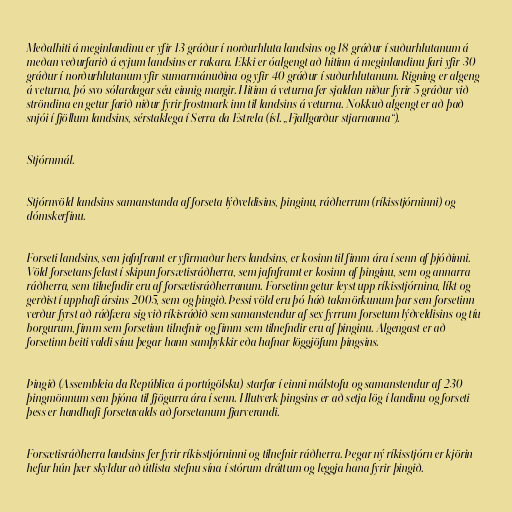
Meðalhiti á meginlandinu er yfir 13 gráður í norðurhluta landsins og 18 gráður í suðurhlutanum á
meðan veðurfarið á eyjum landsins er rakara. Ekki er óalgengt að hitinn á meginlandinu fari yfir 30
gráður í norðurhlutanum yfir sumarmánuðina og yfir 40 gráður í suðurhlutanum. Rigning er algeng
á veturna, þó svo sólardagar séu einnig margir. Hitinn á veturna fer sjaldan niður fyrir 5 gráður við
ströndina en getur farið niður fyrir frostmark inn til landsins á veturna. Nokkuð algengt er að það
snjói í fjöllum landsins, sérstaklega í Serra da Estrela (ísl. „Fjallgarður stjarnanna“).

Stjórnmál.

Stjórnvöld landsins samanstanda af forseta lýðveldisins, þinginu, ráðherrum (ríkisstjórninni) og
dómskerfinu.

Forseti landsins, sem jafnframt er yfirmaður hers landsins, er kosinn til fimm ára í senn af þjóðinni.
Völd forsetans felast í skipun forsætisráðherra, sem jafnframt er kosinn af þinginu, sem og annarra
ráðherra, sem tilnefndir eru af forsætisráðherranum. Forsetinn getur leyst upp ríkisstjórnina, líkt og
gerðist í upphafi ársins 2005, sem og þingið. Þessi völd eru þó háð takmörkunum þar sem forsetinn
verður fyrst að ráðfæra sig við ríkisráðið sem samanstendur af sex fyrrum forsetum lýðveldisins og tíu
borgurum, fimm sem forsetinn tilnefnir og fimm sem tilnefndir eru af þinginu. Algengast er að
forsetinn beiti valdi sínu þegar hann samþykkir eða hafnar löggjöfum þingsins.

Þingið (Assembleia da República á portúgölsku) starfar í einni málstofu og samanstendur af 230
þingmönnum sem þjóna til fjögurra ára í senn. Hlutverk þingsins er að setja lög í landinu og forseti
þess er handhafi forsetavalds að forsetanum fjarverandi.

Forsætisráðherra landsins fer fyrir ríkisstjórninni og tilnefnir ráðherra. Þegar ný ríkisstjórn er kjörin
hefur hún þær skyldur að útlista stefnu sína í stórum dráttum og leggja hana fyrir þingið.